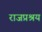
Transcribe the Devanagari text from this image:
राजप्रश्रय